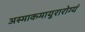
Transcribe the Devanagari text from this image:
अस्माकमायुरारोग्यं